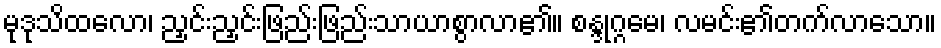
မုဒုသိထလော၊ ညှင်းညှင်းဖြည်းဖြည်းသာယာစွာလာ၏။ စန္ဒုဂ္ဂမေ၊ လမင်း၏တက်လာသော။